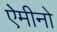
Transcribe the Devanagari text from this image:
ऐमीनो